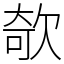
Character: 欹